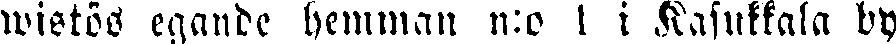
wistös egande hemman n:o 1 i Kasukkala by